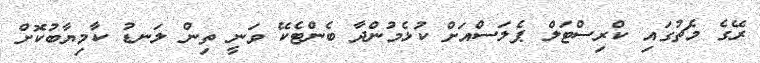
ރޭގެ މެޗުގައި ކްރިސްޓަލް ޕެލަސްއަށް ކުޅެމުންދާ ބެންޓެކޭ ވަނީ ތިން ލަނޑު ކާމިޔާބުކޮށް